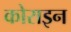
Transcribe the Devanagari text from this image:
कोराइन